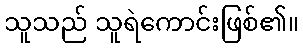
သူသည် သူရဲကောင်းဖြစ်၏။